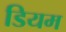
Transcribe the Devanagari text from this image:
डियम